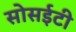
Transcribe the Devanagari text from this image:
सोसईटी